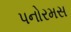
પનોરમસ